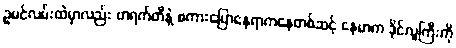
ဥမင်လမ်းထဲမှာလည်း ဗာရက်တီနဲ့ စကားပြောနေရာကနေတစ်ဆင့် နေမာက ဒိုင်လူကြီးကို